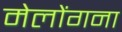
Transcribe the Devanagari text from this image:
मेलोंगना